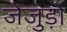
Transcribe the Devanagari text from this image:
जेजुड़ो